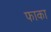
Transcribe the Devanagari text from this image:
फाका